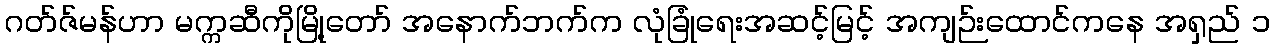
ဂတ်ဇ်မန်ဟာ မက္ကဆီကိုမြို့တော် အနောက်ဘက်က လုံခြုံရေးအဆင့်မြင့် အကျဉ်းထောင်ကနေ အရှည် ၁